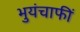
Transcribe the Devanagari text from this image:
भुयंचाफीं